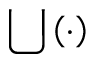
\bigcup \left( \cdot \right)